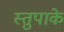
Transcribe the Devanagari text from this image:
स्तुपाके